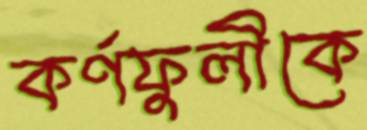
কর্ণফুলীকে